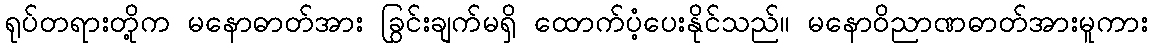
ရုပ်တရားတို့က မနောဓာတ်အား ခြွင်းချက်မရှိ ထောက်ပံ့ပေးနိုင်သည်။ မနောဝိညာဏဓာတ်အားမူကား